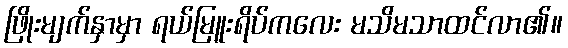
ဖြိုးမျက်နှာမှာ ရယ်မြူးရိပ်ကလေး မသိမသာထင်လာ၏။